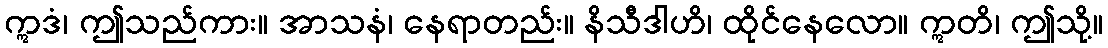
ဣဒံ၊ ဤသည်ကား။ အာသနံ၊ နေရာတည်း။ နိသီဒါဟိ၊ ထိုင်နေလော။ ဣတိ၊ ဤသို့။